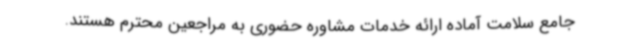
جامع سلامت آماده ارائه خدمات مشاوره حضوری به مراجعین محترم هستند.